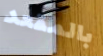
بالمقعد